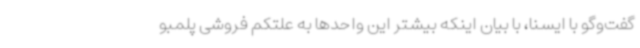
گفت‌وگو با ایسنا، با بیان اینکه بیشتر این واحدها به علتکم فروشی پلمبو